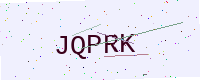
Text: JQPRK